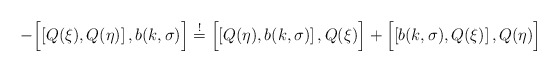
\begin{align*} - \Bigl[ \left[ Q(\xi) , Q(\eta) \right] , b (k, \sigma) \Bigr] \stackrel{!}{=} \Bigl[ \left[ Q(\eta) , b (k, \sigma) \right] , Q(\xi) \Bigr] + \Bigl[ \left[ b (k, \sigma) , Q(\xi) \right] , Q(\eta) \Bigr]\end{align*}